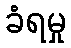
ခံရမှု